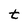
Character: t